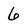
Character: 6